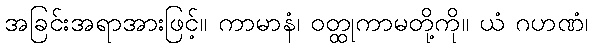
အခြင်းအရာအားဖြင့်။ ကာမာနံ၊ ဝတ္ထုကာမတို့ကို။ ယံ ဂဟဏံ၊